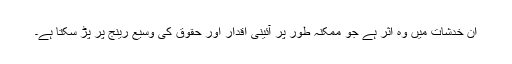
ان خدشات میں وہ اثر ہے جو ممکنہ طور پر آئینی اقدار اور حقوق کی وسیع رینج پر پڑ سکتا ہے۔